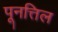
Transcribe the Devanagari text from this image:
पूनत्तिल